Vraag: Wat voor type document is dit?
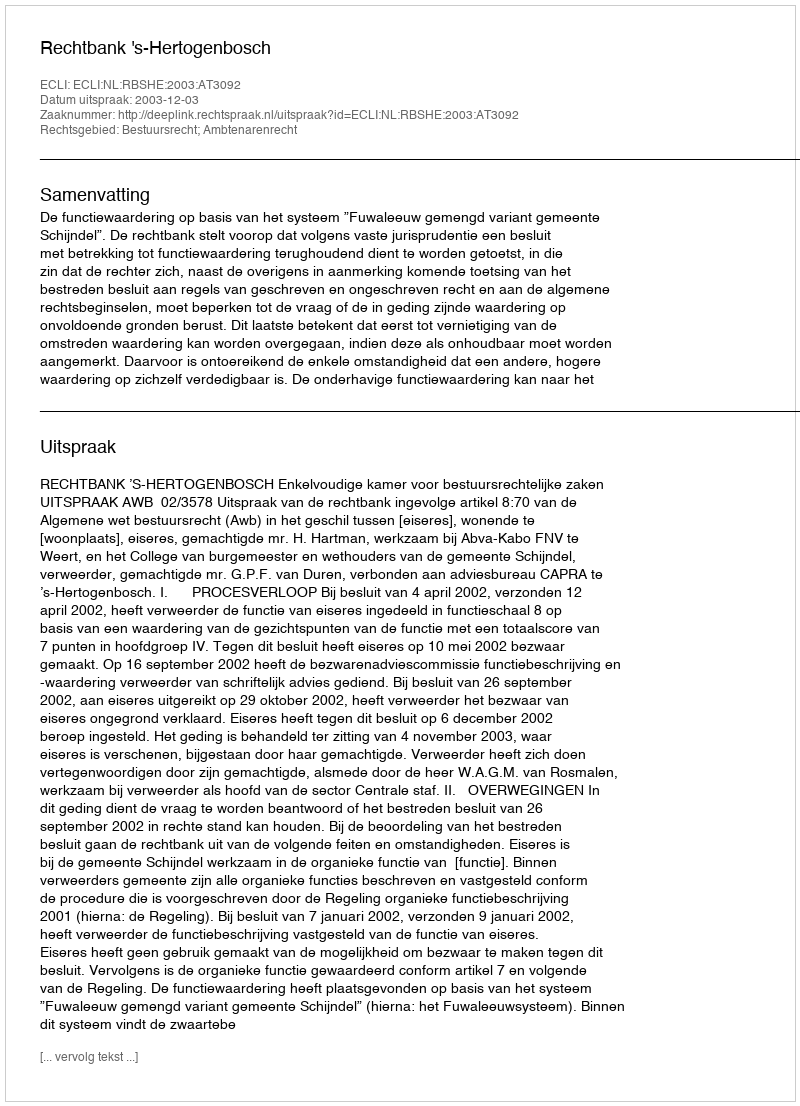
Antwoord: Uitspraak